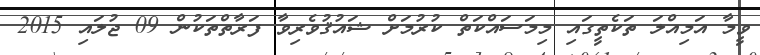
ވީމާ އަމިއްލަ ތަކެތީގައި މިމަސައްކަތް ކުރުމަށް ޝައުޤުވެރިވާ ފަރާތްތަކުން 09 ޖުލައި 2015